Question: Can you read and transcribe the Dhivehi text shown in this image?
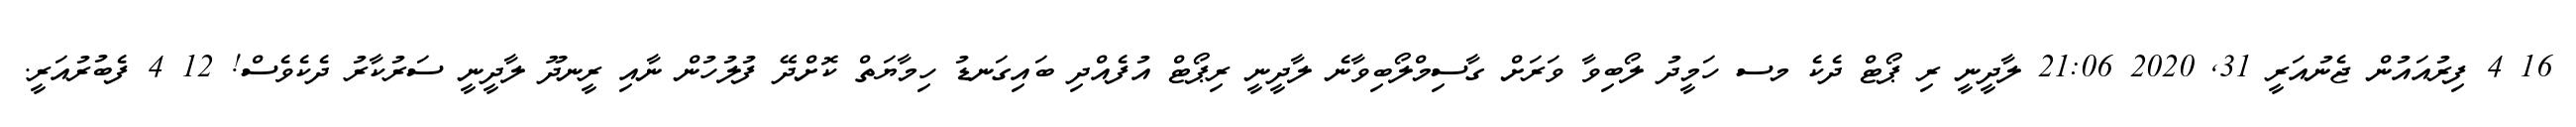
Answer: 16 4 ފިރުއައުން ޖެނުއަރީ 31, 2020 21:06 ލާދީނީ ރި ޕޯޓް ދެކެ މސ ހަމީދު ލޯބިވާ ވަރަށް ގާސިމްލޯބިވާނެ ލާދީނީ ރިޕޯޓް އުފެއްދި ބައިގަނޑު ހިމާޔަތް ކޮށްދޭ ފުލުހުން ނާއި ރީނދޫ ލާދީނީ ސަރުކާރު ދެކެވެސް! 12 4 ފެބުރުއަރީ.